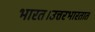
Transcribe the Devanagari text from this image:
भारत।उत्तरभारतात